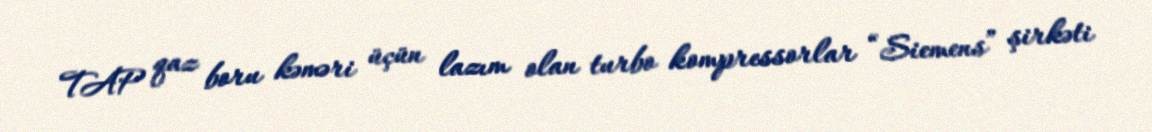
TAP qaz boru kəməri üçün lazım olan turbo kompressorlar “Siemens” şirkəti